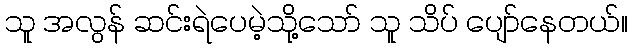
သူ အလွန် ဆင်းရဲပေမဲ့သို့သော် သူ သိပ် ပျော်နေတယ်။